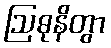
ဩဓုနိတွာ